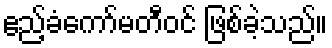
ဧည့်ခံကော်မတီဝင် ဖြစ်ခဲ့သည်။